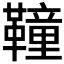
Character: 𩍅